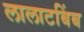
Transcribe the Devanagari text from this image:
लालाटबिंब